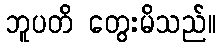
ဘူပတိ တွေးမိသည်။